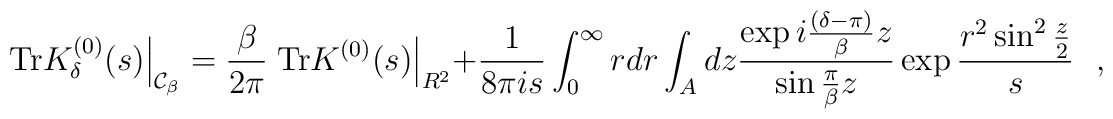
\left.\mbox{Tr}K^{(0)}_{\delta}(s)\right|_{{\cal C}_\beta}={\beta \over 2\pi}\left.\mbox{Tr}K^{(0)}(s)\right|_{R^2}+{1 \over 8\pi is}\int_{0}^{\infty} rdr\int_{A}dz{\exp i{(\delta-\pi)  \over \beta}z \over \sin{\pi \over \beta}z}\exp{r^2\sin^2{z \over 2} \over s}~~~,